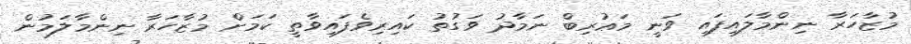
މުޒާހަރާ ނިންމާލައިފައި ވަނީ މަޢުރިބް ނަމާދު ވަގުތު ކައިރިވެފައިވާތީ ކަމަށް މުޒާހަރާ ނިންމާލަމުން